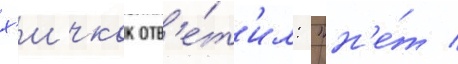
х'ичкок отв'е́т'ил: "н'е́т /